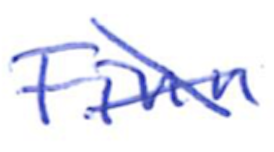
Text: Finn
Cross-out: cross
Writing tool: ballpoint